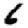
Digit: 6